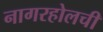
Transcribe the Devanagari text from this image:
नागरहोलची